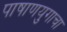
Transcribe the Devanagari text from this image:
पाषाणयुगाचा